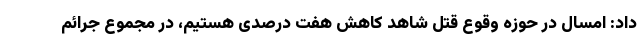
داد: امسال در حوزه وقوع قتل شاهد کاهش هفت درصدی هستیم، در مجموع جرائم